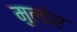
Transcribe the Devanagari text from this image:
मुलोर